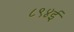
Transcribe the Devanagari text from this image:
८९४ई